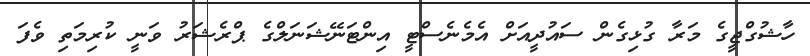
ހާޝުގްޖީގެ މަރާ ގުޅިގެން ސައުދީއަށް އެމެނެސްޓީ އިންޓަނޭޝަނަލްގެ ޕްރެޝަރު ވަނީ ކުރިމަތި ވެފަ